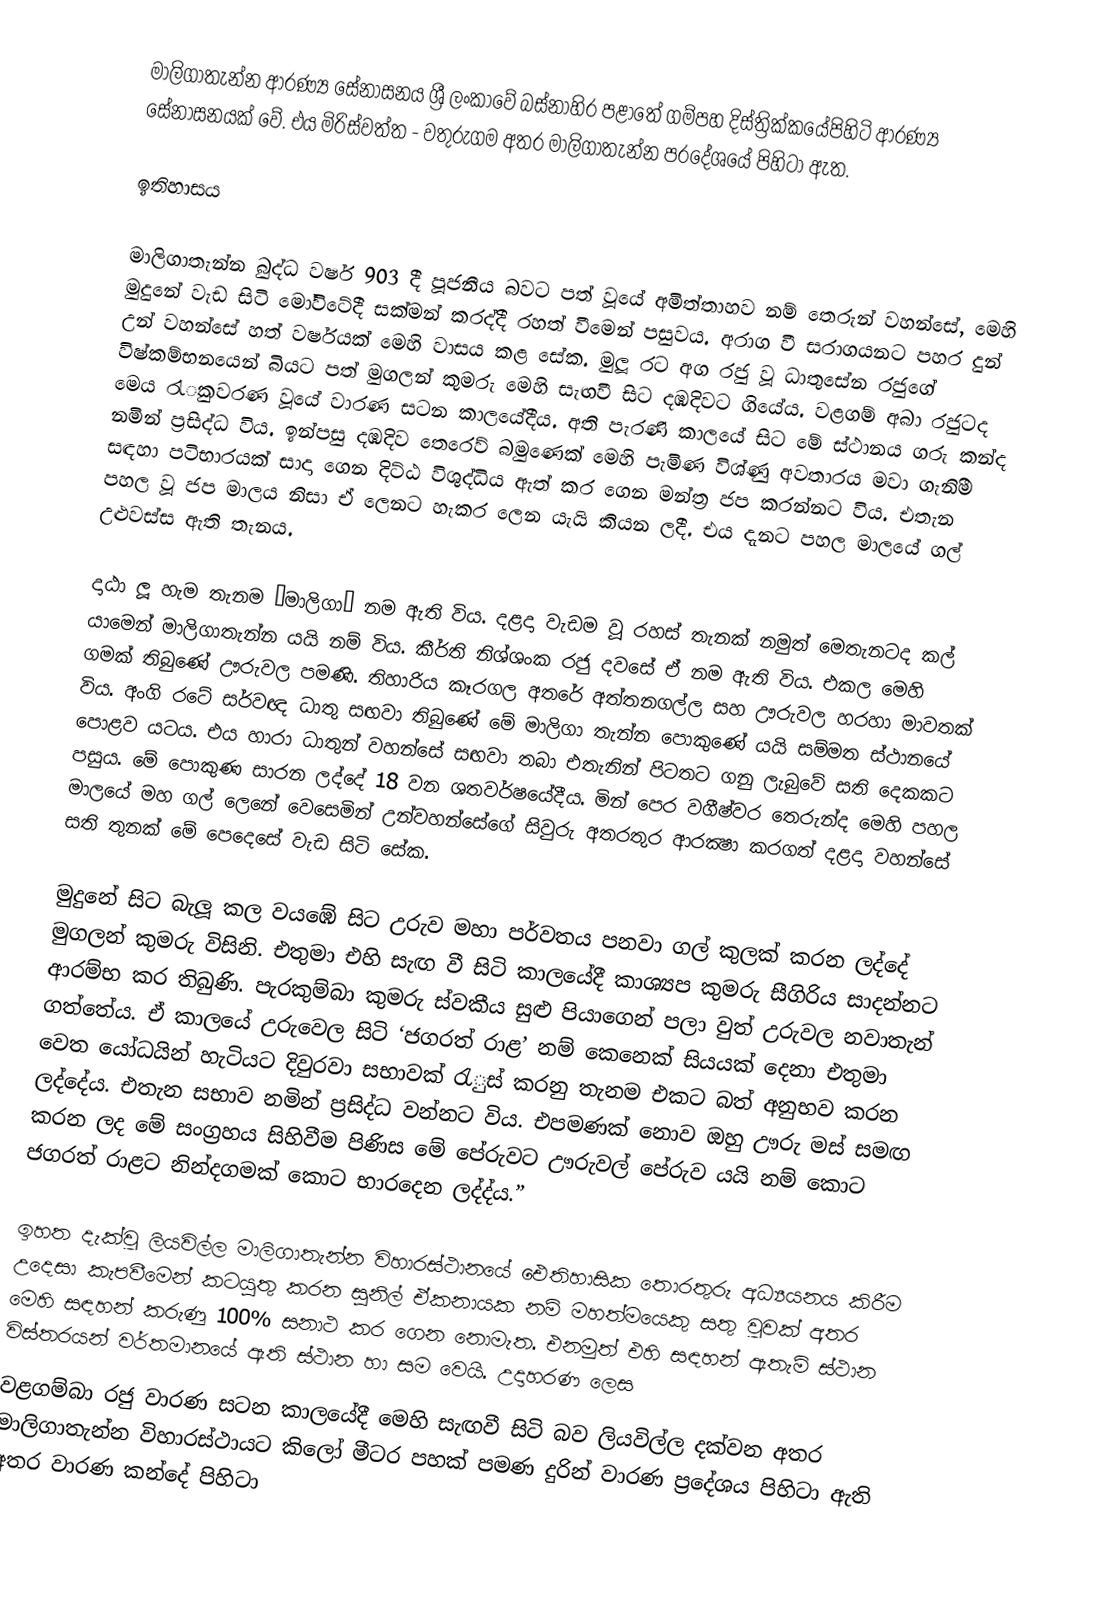
මාලිගාතැන්න ආරණ්‍ය සේනාසනය ශ්‍රී ලංකාවේ බස්නාහිර පළාතේ ගම්පහ දිස්ත්‍රික්කයේපිහිටි ආරණ්‍ය සේනාසනයක් වේ. එය මිරිස්වත්ත - වතුරුගම අතර මාලිගාතැන්න ප‍්‍රදේශයේ පිහිටා ඇත.

ඉතිහාසය

මාලිගාතැන්න බුද්ධ වර්ෂ 903 දී පූජනීය බවට පත් වූයේ අමිත්තාහව නම් තෙරුන් වහන්සේ, මෙහි මුදුනේ වැඩ සිටි මෝවිටේදී සක්මන් කරද්දී රහත් වීමෙන් පසුවය. අරාග වී සරාගයනට පහර දුන් උන් වහන්සේ හත් වර්ෂයක් මෙහි වාසය කළ සේක. මුලූ රට අග රජු වූ ධාතුසේන රජුගේ විෂ්කම්භනයෙන් බියට පත් මුගලන් කුමරු මෙහි සැඟවී සිට දඹදිවට ගියේය. වළගම් අබා රජුටද මෙය රැුකවරණ වූයේ වාරණ සටන කාලයේදීය. අති පැරණි කාලයේ සිට මේ ස්ථානය ගරු කන්ද නමින් ප‍්‍රසිද්ධ විය. ඉන්පසු දඹදිව තෙරෙව් බමුණෙක් මෙහි පැමිණ විශ්ණු අවතාරය මවා ගැනිීම සඳහා පටිභාරයක් සාදා ගෙන දිට්ඨ විශුද්ධිය ඇත් කර ගෙන මන්ත‍්‍ර ජප කරන්නට විය. එතැන පහල වූ ජප මාලය නිසා ඒ ලෙනට හැකර ලෙන යැයි කියන ලදී. එය දැනට පහල මාලයේ ගල් උළුවස්ස ඇති තැනය.

දාඨා ලූ හැම තැනම ‘මාලිගා’ නම ඇති විය. දළදා වැඩම වූ රහස් තැනක් නමුත් මෙතැනටද කල් යාමෙන් මාලිගාතැන්න යයි නම් විය. කීර්ති නිශ්ශංක රජු දවසේ ඒ නම ඇති විය. එකල මෙහි ගමක් තිබුණේ ඌරුවල පමණි. තිහාරිය කෑරගල අතරේ අත්තනගල්ල සහ ඌරුවල හරහා මාවතක් විය. අංගි රටේ සර්වඥ ධාතු සඟවා තිබුණේ මේ මාලිගා තැන්න පොකුණේ යයි සම්මත ස්ථානයේ පොළව යටය. එය හාරා ධාතුන් වහන්සේ සඟවා තබා එතැනින් පිටතට ගනු ලැබුවේ සති දෙකකට පසුය. මේ පොකුණ සාරන ලද්දේ 18 වන ශතවර්ෂයේදීය. මින් පෙර වගීෂ්වර තෙරුන්ද මෙහි පහල මාලයේ මහ ගල් ලෙනේ වෙසෙමින් උන්වහන්සේගේ සිවුරු අතරතුර ආරක්‍ෂා කරගත් දළදා වහන්සේ සති තුනක් මේ පෙදෙසේ වැඩ සිටි සේක.

මුදුනේ සිට බැලූ කල වයඹේ සිට උරුව මහා පර්වතය පනවා ගල් කුලක් කරන ලද්දේ මුගලන් කුමරු විසිනි. එතුමා එහි සැඟ වී සිටි කාලයේදී කාශ්‍යප කුමරු සීගිරිය සාදන්නට ආරම්භ කර තිබුණි. පැරකුම්බා කුමරු ස්වකීය සුළු පියාගෙන් පලා වුත් උරුවල නවාතැන් ගත්තේය. ඒ කාලයේ උරුවෙල සිටි ‘ජගරත් රාළ’ නම් කෙනෙක් සියයක් දෙනා එතුමා වෙත යෝධයින් හැටියට දිවුරවා සභාවක් රැුස් කරනු තැනම එකට බත් අනුභව කරන ලද්දේය. එතැන සභාව නමින් ප‍්‍රසිද්ධ වන්නට විය. එපමණක් නොව ඔහු ඌරු මස් සමඟ කරන ලද මේ සංග‍්‍රහය සිහිවීම පිණිස මේ පේරුවට ඌරුවල් පේරුව යයි නම් කොට ජගරත් රාළට නින්දගමක් කොට භාරදෙන ලද්ද්ය.”

ඉහත දැක්වූ ලියවිල්ල මාලිගාතැන්න විහාරස්ථානයේ ඓතිහාසික තොරතුරු අධ්‍යයනය කිරීම උදෙසා කැපවීමෙන් කටයුතු කරන සුනිල් ඒකනායක නම් මහත්මයෙකු සතු වූවක් අතර මෙහි සඳහන් කරුණු 100% සනාථ කර ගෙන නොමැත. එනමුත් එහි සඳහන් ඇතැම් ස්ථාන විස්තරයන් වර්තමානයේ ඇති ස්ථාන හා  සම වෙයි. උදාහරණ ලෙස
     වළගම්බා රජු වාරණ සටන කාලයේදී මෙහි සැඟවී සිටි බව ලියවිල්ල දක්වන අතර මාලිගාතැන්න විහාරස්ථායට කිලෝ මීටර පහක් පමණ දුරින් වාරණ ප‍්‍රදේශය පිහිටා ඇති අතර වාරණ කන්දේ පිහිටා